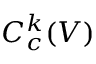
C _ { c } ^ { k } ( V )